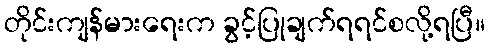
တိုင်းကျန်မားရေးက ခွင့်ပြုချက်ရရင်စလို့ရပြီ။